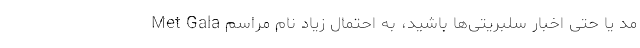
مد یا حتی اخبار سلبریتی‌ها باشید، به احتمال زیاد نام مراسم Met Gala